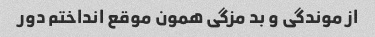
از موندگی و بد مزگی همون موقع انداختم دور